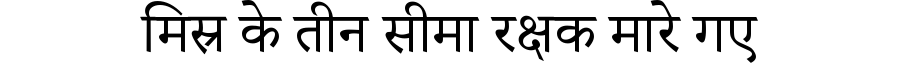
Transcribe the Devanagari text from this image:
मिस्र के तीन सीमा रक्षक मारे गए